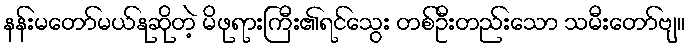
နန်းမတော်မယ်နုဆိုတဲ့ မိဖုရားကြီး၏ရင်သွေး တစ်ဦးတည်းသော သမီးတော်ဗျ။